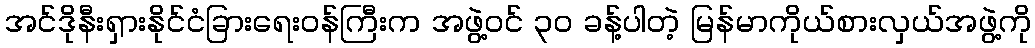
အင်ဒိုနီးရှားနိုင်ငံခြားရေးဝန်ကြီးက အဖွဲ့ဝင် ၃ဝ ခန့်ပါတဲ့ မြန်မာကိုယ်စားလှယ်အဖွဲ့ကို